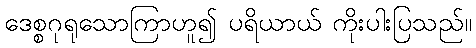
ဒေစ္စဂုရုသောကြာဟူ၍ ပရိယာယ် ကိုးပါးပြသည်။